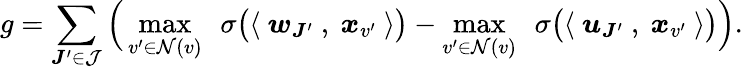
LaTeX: g=\sum_{{\boldsymbol J}^{\prime}\in\mathcal{J}}\Big(\operatorname*{max}_{v^{\prime}\in\mathcal{N}(v)}~~\sigma\big(\langle~{\boldsymbol w}_{{\boldsymbol J}^{\prime}}~,~{\boldsymbol x}_{v^{\prime}}~\rangle\big)-\operatorname*{max}_{v^{\prime}\in\mathcal{N}(v)}~~\sigma\big(\langle~{\boldsymbol u}_{{\boldsymbol J}^{\prime}}~,~{\boldsymbol x}_{v^{\prime}}~\rangle\big)\Big).